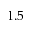
1 . 5